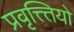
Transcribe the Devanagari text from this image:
प्रवृत्त्त्तियो